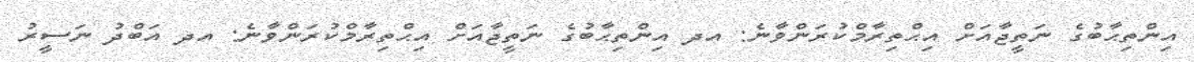
އިންތިޙާބުގެ ނަތީޖާއަށް އިޙްތިރާމްކުރަންވާނެ: އދ އިންތިޙާބުގެ ނަތީޖާއަށް އިޙްތިރާމްކުރަންވާނެ: އދ އަބްދު ނަސީރު